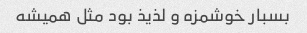
بسبار خوشمزه و لذیذ بود مثل همیشه